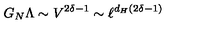
G _ { N } \Lambda \sim V ^ { 2 \delta - 1 } \sim \ell ^ { d _ { H } ( 2 \delta - 1 ) }